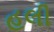
હલી